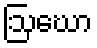
ဩဃော